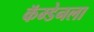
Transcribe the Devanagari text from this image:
कॅम्डेनला